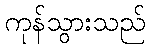
ကုန်သွားသည်